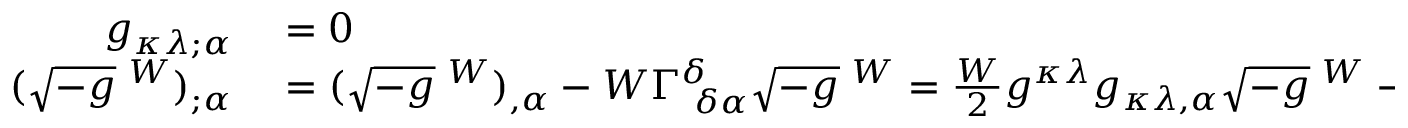
\begin{array} { r l } { g _ { \kappa \lambda ; \alpha } } & { { } = 0 } \\ { ( { \sqrt { - g } } \; ^ { W } ) _ { ; \alpha } } & { { } = ( { \sqrt { - g } } \; ^ { W } ) _ { , \alpha } - W \Gamma _ { ~ \delta \alpha } ^ { \delta } { \sqrt { - g } } \; ^ { W } = { \frac { W } { 2 } } g ^ { \kappa \lambda } g _ { \kappa \lambda , \alpha } { \sqrt { - g } } \; ^ { W } - W \Gamma _ { ~ \delta \alpha } ^ { \delta } { \sqrt { - g } } \; ^ { W } = 0 \, . } \end{array}